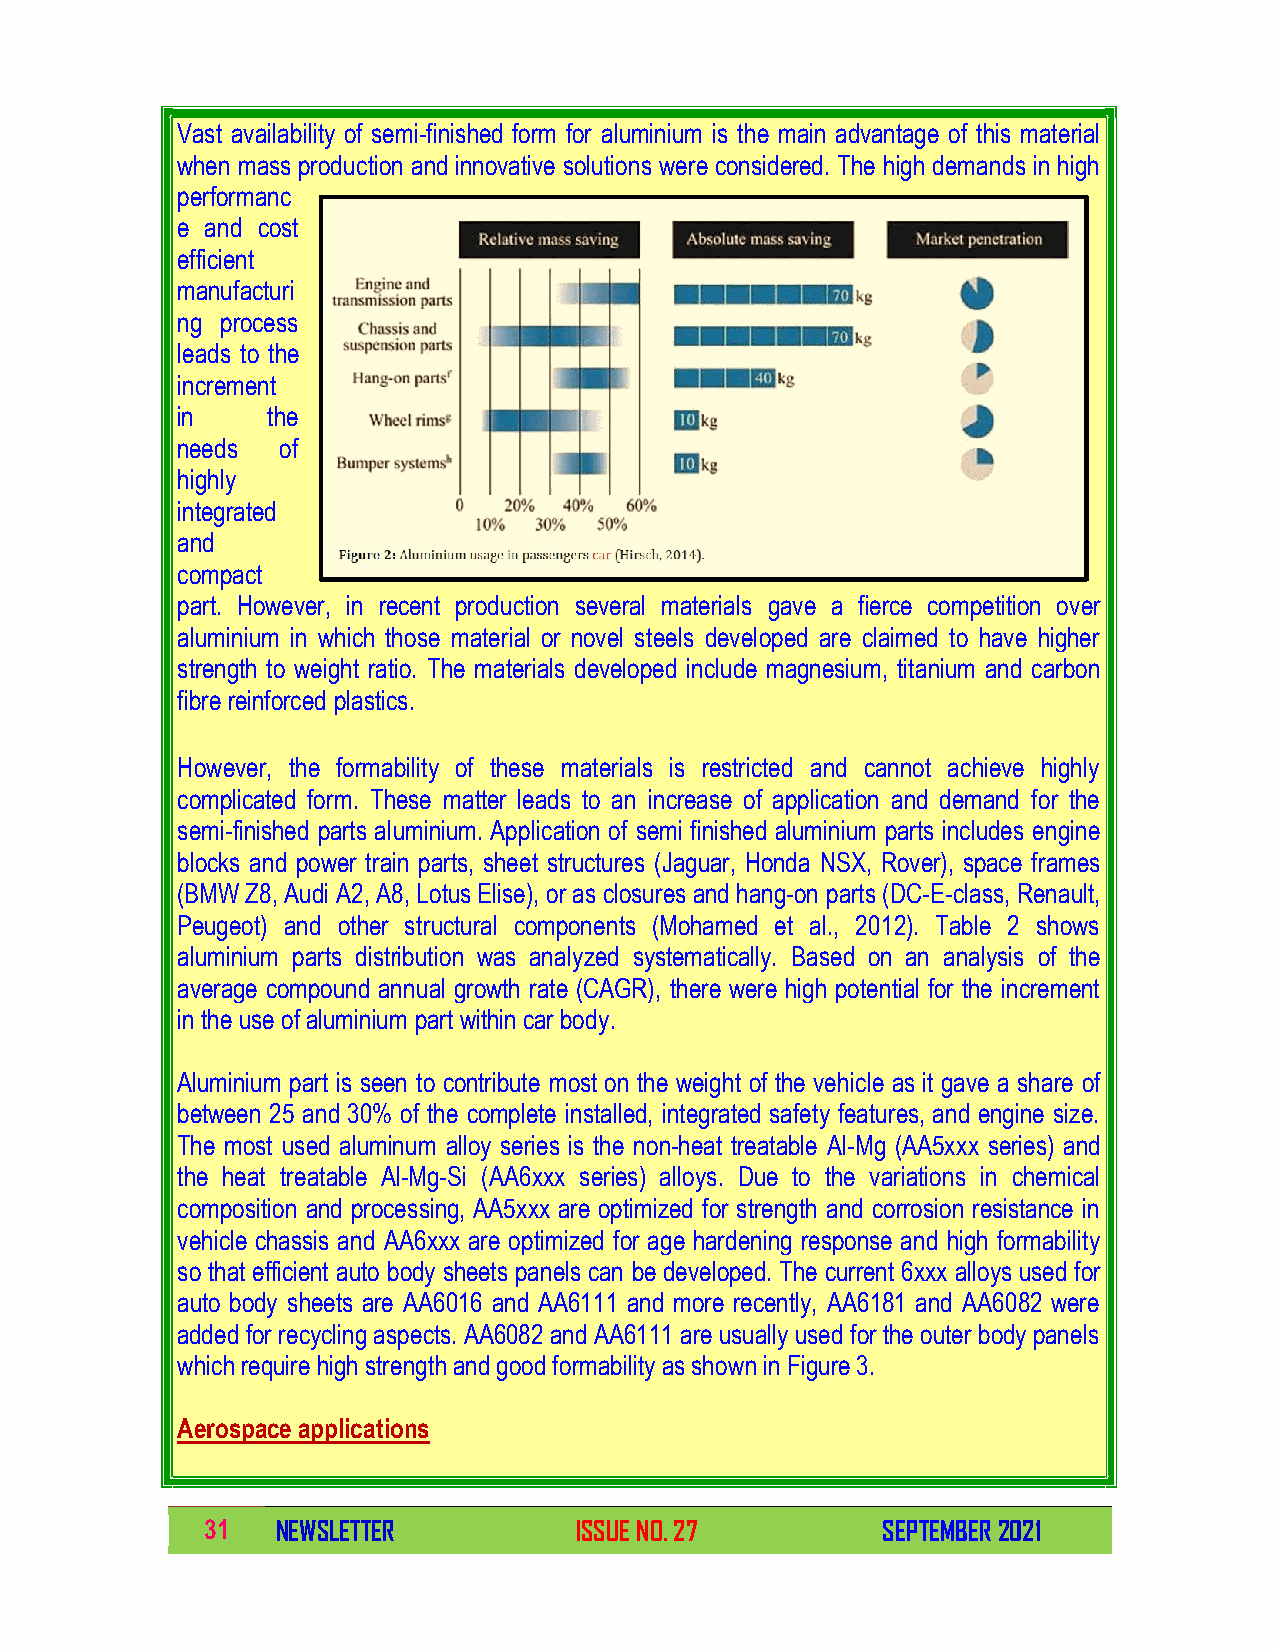
Vast availability of semi-finished form for aluminium is the main advantage of this material
 when mass production and innovative solutions were considered. The high demands in high
 performanc
 e and cost
 efficient
 manufacturi
 ng process
 leads to the
 increment
 in    the
 needs  of
 highly
 integrated
 and
 compact
 part. However, in recent production several materials gave a fierce competition over
 aluminium in which those material or novel steels developed are claimed to have higher
 strength to weight ratio. The materials developed include magnesium, titanium and carbon
 fibre reinforced plastics.
 However, the formability of these materials is restricted and cannot achieve highly
 complicated form. These matter leads to an increase of application and demand for the
 semi-finished parts aluminium. Application of semi finished aluminium parts includes engine
 blocks and power train parts, sheet structures (Jaguar, Honda NSX, Rover), space frames
 (BMW Z8, Audi A2, A8, Lotus Elise), or as closures and hang-on parts (DC-E-class, Renault,
 Peugeot) and other structural components (Mohamed et al., 2012). Table 2 shows
 aluminium parts distribution was analyzed systematically. Based on an analysis of the
 average compound annual growth rate (CAGR), there were high potential for the increment
 in the use of aluminium part within car body.
 Aluminium part is seen to contribute most on the weight of the vehicle as it gave a share of
 between 25 and 30% of the complete installed, integrated safety features, and engine size.
 The most used aluminum alloy series is the non-heat treatable Al-Mg (AA5xxx series) and
 the heat treatable Al-Mg-Si (AA6xxx series) alloys. Due to the variations in chemical
 composition and processing, AA5xxx are optimized for strength and corrosion resistance in
 vehicle chassis and AA6xxx are optimized for age hardening response and high formability
 so that efficient auto body sheets panels can be developed. The current 6xxx alloys used for
 auto body sheets are AA6016 and AA6111 and more recently, AA6181 and AA6082 were
 added for recycling aspects. AA6082 and AA6111 are usually used for the outer body panels
 which require high strength and good formability as shown in Figure 3.
 Aerospace applications
 31  NEWSLETTER          ISSUE NO. 27        SEPTEMBER 2021